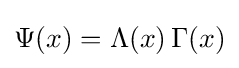
\Psi (x)=\Lambda (x)\,\Gamma (x)